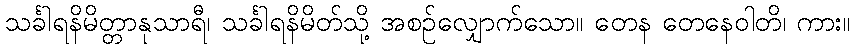
သင်္ခါရနိမိတ္တာနုသာရီ၊ သင်္ခါရနိမိတ်သို့ အစဉ်လျှောက်သော။ တေန တေနေဝါတိ၊ ကား။